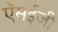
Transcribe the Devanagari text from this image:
ऍसईज़ी